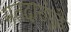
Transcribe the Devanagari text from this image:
मतदारांपुढे